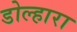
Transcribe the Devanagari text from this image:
डोल्हारा